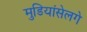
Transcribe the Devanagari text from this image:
मुडियांसेलगे